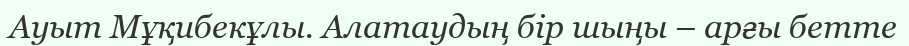
Ауыт Мұқибекұлы. Алатаудың бір шыңы – арғы бетте